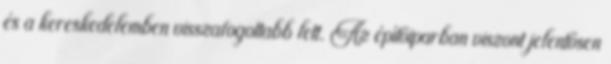
és a kereskedelemben visszafogottabb lett. Az építőiparban viszont jelentősen